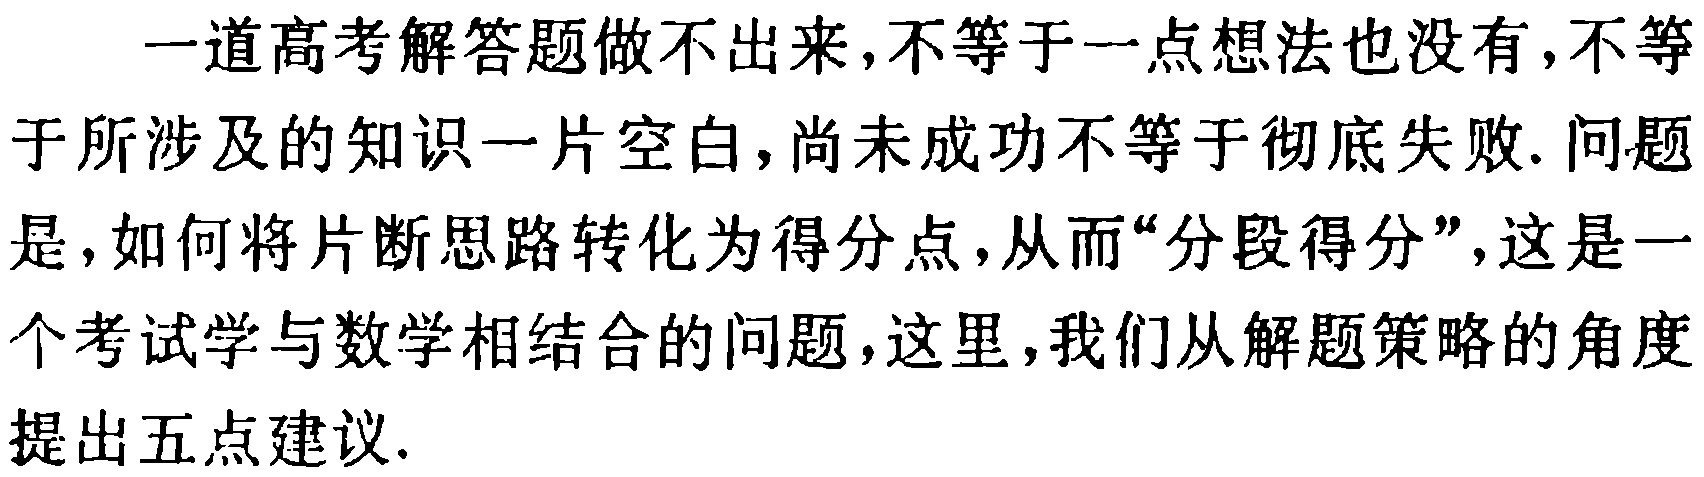
一道高考解答题做不出来,不等于一点想法也没有,不等于所涉及的知识一片空白,尚未成功不等于彻底失败. 问题是,如何将片断思路转化为得分点,从而“分段得分”,这是一个考试学与数学相结合的问题,这里,我们从解题策略的角度提出五点建议.